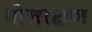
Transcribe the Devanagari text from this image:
गोलरक्षण